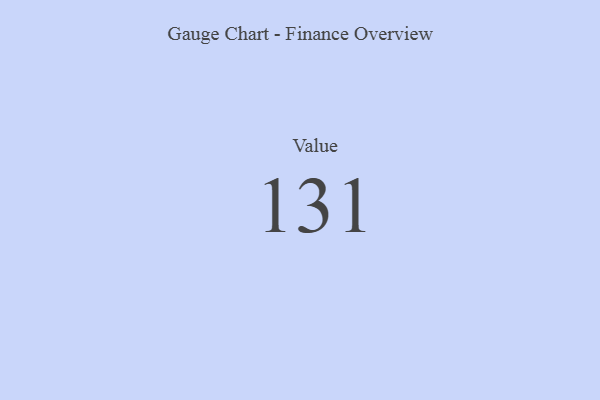
{"axis": {"x": "Metric", "y": "Value"}, "legend": [""], "data": [{"x": "Value", "y": 131, "type": ""}]}